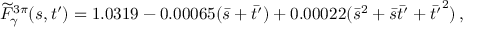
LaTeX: \widetilde { F } _ { \gamma } ^ { 3 \pi } ( s , t ^ { \prime } ) = 1 . 0 3 1 9 - 0 . 0 0 0 6 5 ( \bar { s } + \bar { t ^ { \prime } } ) + 0 . 0 0 0 2 2 ( \bar { s } ^ { 2 } + \bar { s } \bar { t ^ { \prime } } + \bar { t ^ { \prime } } ^ { 2 } ) \, ,